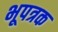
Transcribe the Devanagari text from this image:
भूपत्रक